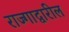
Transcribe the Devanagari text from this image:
राज्गाद्वारील